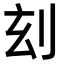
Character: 𠛑